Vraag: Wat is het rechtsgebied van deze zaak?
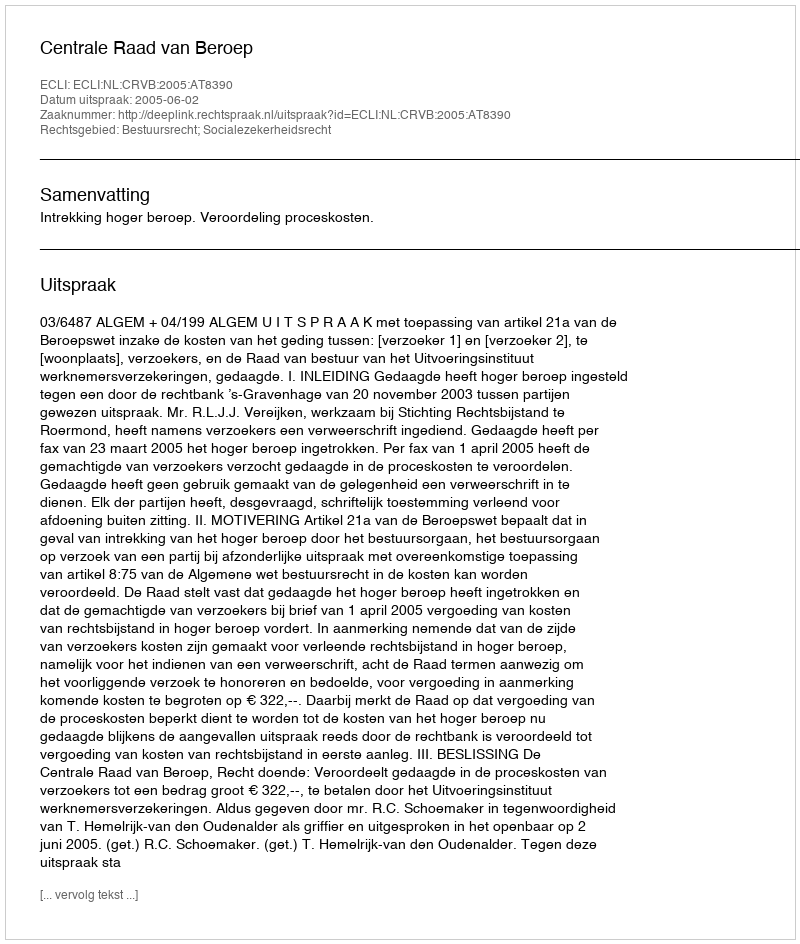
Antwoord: Bestuursrecht; Socialezekerheidsrecht